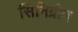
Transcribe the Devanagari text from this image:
सिनिग्रीन